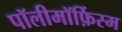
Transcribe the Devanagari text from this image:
पॉलीमॉर्फ़िस्म